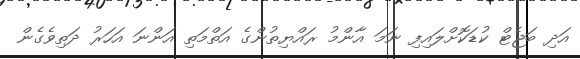
އަދި ބަޖެޓް ކުޑަކޮށްލައިފި ނަމަ އާންމު ރައްޔިތުންގެ އަތްމަތި އަންނަ އަހަރު ދަތިވެގެން